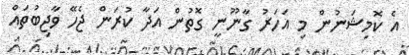
އެ ކޮމިޝަނުން މި އަހަރު ގާނޫނީ ގޮތުން އަދާ ކުރަން ޖެހޭ ވާޖިބުތައް